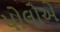
પોલોએ